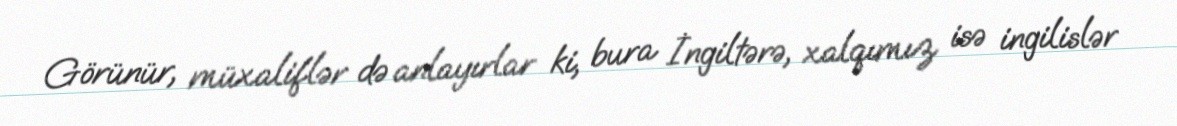
Görünür, müxaliflər də anlayırlar ki, bura İngiltərə, xalqımız isə ingilislər